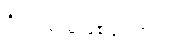
ရှိလာမည်ဖြစ်ကြောင်း